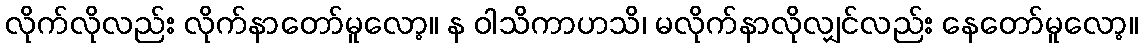
လိုက်လိုလည်း လိုက်နာတော်မူလော့။ န ဝါသိကာဟသိ၊ မလိုက်နာလိုလျှင်လည်း နေတော်မူလော့။